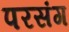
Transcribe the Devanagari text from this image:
परसंग